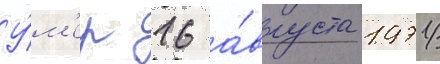
У́м'ер 16 а́вгуста 1971